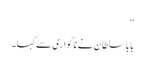
‘‘
بابا سلطان نے ناگواری سے کہا۔